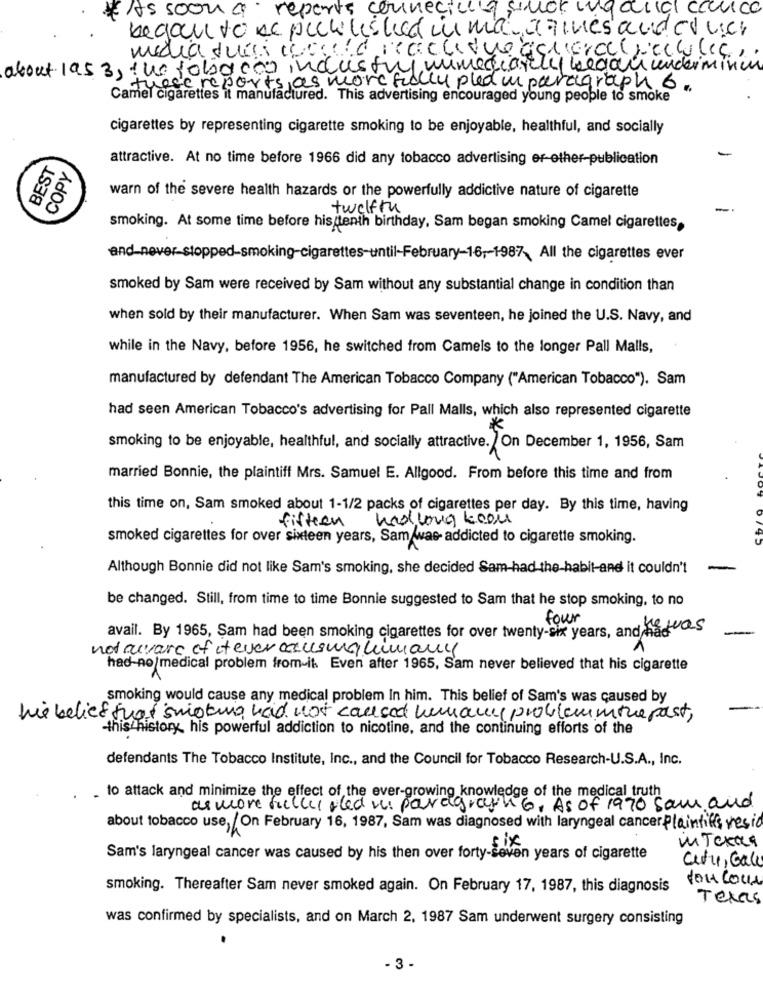
* AAs soon a reports connecilly stuck ig alla cauca
began to be pick listed in ma Jaines and auch
about 195 3, the fobacon industry immediately began undermining
trece reports as more fully pled in paragraph 6.
Camel cigarettes it manufactured. This advertising encouraged young people to smoke
cigarettes by representing cigarette smoking to be enjoyable, healthful, and socially
BEST
attractive. At no time before 1966 did any tobacco advertising er-ether-publication
COPY
warn of the severe health hazards or the powerfully addictive nature of cigarette
twelfth
smoking. At some time before his (tenth birthday, Sam began smoking Camel cigarettes,
and-never-stopped-smoking-cigarettes-until-February-16 ,- 1987. All the cigarettes ever
smoked by Sam were received by Sam without any substantial change in condition than
when sold by their manufacturer. When Sam was seventeen, he joined the U.S. Navy, and
while in the Navy, before 1956, he switched from Camels to the longer Pall Malls,
manufactured by defendant The American Tobacco Company ("American Tobacco"). Sam
had seen American Tobacco's advertising for Pall Malls, which also represented cigarette
smoking to be enjoyable, healthful, and socially attractive. On December 1, 1956, Sam
married Bonnie, the plaintiff Mrs. Samuel E. Allgood. From before this time and from
this time on, Sam smoked about 1-1/2 packs of cigarettes per day. By this time, having
fifteen
had long keou
smoked cigarettes for over sixteen years, Sam was addicted to cigarette smoking.
Although Bonnie did not like Sam's smoking, she decided Sam-had the habit-and it couldn't
-
be changed. Still, from time to time Bonnie suggested to Sam that he stop smoking, to no
four
avail. By 1965, Sam had been smoking cigarettes for over twenty-six years, and hades
not ruvarc of tever causing humany
had-no/medical problem from-it Even after 1965, Sam never believed that his cigarette
smoking would cause any medical problem In him. This belief of Sam's was caused by
his belief that smoking had not caused humans problemmine past,
this history, his powerful addiction to nicotine, and the continuing efforts of the
defendants The Tobacco Institute, Inc ., and the Council for Tobacco Research-U.S.A ., Inc.
. to attack and minimize the effect of the ever-growing knowledge of the medical truth
as more fully sled is paragraph6. As of 1990 Sam and
about tobacco use,/On February 16, 1987, Sam was diagnosed with laryngeal cancerPlaintiff resid
six
WTexas
Sam's laryngeal cancer was caused by his then over forty-seven years of cigarette
City, Gale
tout Cour
smoking. Thereafter Sam never smoked again. On February 17, 1987, this diagnosis
Texas
was confirmed by specialists, and on March 2, 1987 Sam underwent surgery consisting
- 3 -